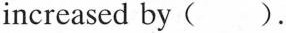
increased by ( ) .